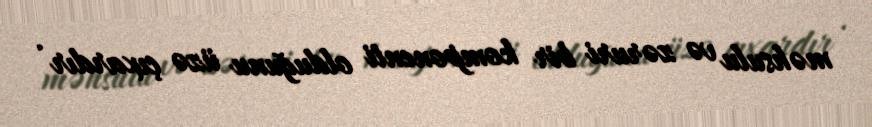
məhsulu və zəruri bir komponenti olduğunu üzə çıxardır .